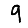
Digit: 9